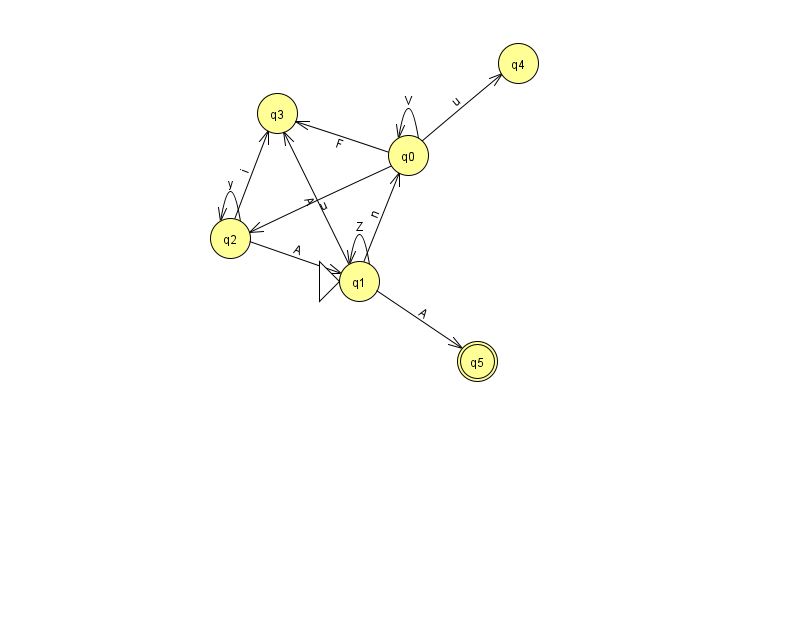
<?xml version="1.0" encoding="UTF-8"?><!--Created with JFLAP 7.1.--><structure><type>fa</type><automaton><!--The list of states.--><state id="0" name="q0"><x>408.0</x><y>142.0</y></state><state id="1" name="q1"><x>359.0</x><y>268.0</y><initial/></state><state id="2" name="q2"><x>230.0</x><y>225.0</y></state><state id="3" name="q3"><x>277.0</x><y>100.0</y></state><state id="4" name="q4"><x>518.0</x><y>50.0</y></state><state id="5" name="q5"><x>477.0</x><y>348.0</y><final/></state><!--The list of transitions.--><transition><from>0</from><to>2</to><read>u</read></transition><transition><from>0</from><to>3</to><read>F</read></transition><transition><from>0</from><to>4</to><read>u</read></transition><transition><from>2</from><to>1</to><read>A</read></transition><transition><from>0</from><to>0</to><read>V</read></transition><transition><from>1</from><to>3</to><read>A</read></transition><transition><from>2</from><to>2</to><read>y</read></transition><transition><from>1</from><to>1</to><read>Z</read></transition><transition><from>2</from><to>3</to><read>i</read></transition><transition><from>1</from><to>5</to><read>A</read></transition><transition><from>1</from><to>0</to><read>n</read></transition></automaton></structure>